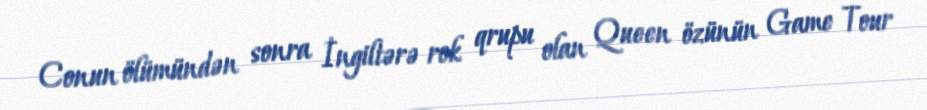
Conun ölümündən sonra İngiltərə rok qrupu olan Queen özünün Game Tour